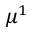
\mu ^ { 1 }